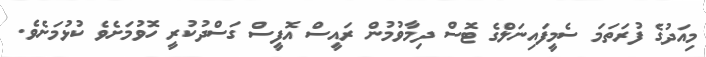
މިއަދުގެ ފުރަތަމަ ސެމީފައިނަލްގެ ޓޮސް ދިމާވުމުން ރައީސް އޮފީސް ގަސްދުުކުރީ ހޮވުމަށެވެ ކުޅުމަށެވެ.